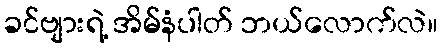
ခင်ဗျားရဲ့ အိမ်နံပါတ် ဘယ်လောက်လဲ။